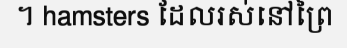
។ hamsters ដែលរស់នៅព្រៃ